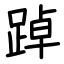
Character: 踔